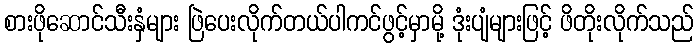
စားဖိုဆောင်သီးနှံများ ဖြဲပေးလိုက်တယ်ပါကင်ဖွင့်မှာမို့ ဒုံးပျံများဖြင့် ဖိတိုးလိုက်သည်